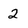
Character: 2